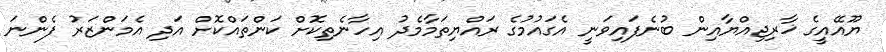
ޔޫއޭއީގެ ޚާރިޖިއްޔާއިން ބުނެފައިވަނީ އެގައުމުގެ ރައްޔިތަމާމެދު އިހާނެތިކޮށް ކަންތައްކޮށް އަދި އެމަންޒަރު ފެންނަ